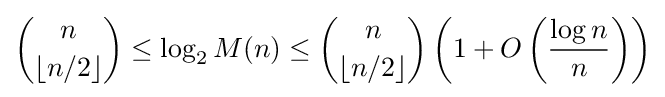
{n \choose \lfloor n/2\rfloor }\leq \log _{2}M(n)\leq {n \choose \lfloor n/2\rfloor }\left(1+O\left({\frac {\log n}{n}}\right)\right)